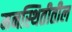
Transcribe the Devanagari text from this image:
मनस्थितीतील